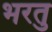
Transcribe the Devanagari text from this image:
भरतु